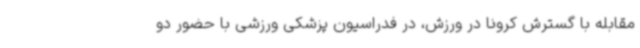
مقابله با گسترش کرونا در ورزش، در فدراسیون پزشکی ورزشی با حضور دو